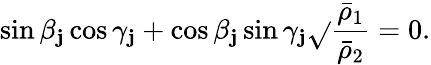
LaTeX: \sin\beta_{\mathbf{j}}\cos\gamma_{\mathbf{j}}+\cos\beta_{\mathbf{j}}\sin\gamma_{\mathbf{j}}\sqrt{}{{\frac{{\bar{{\rho}}_{1}}}{{\bar{{\rho}}_{2}}}}}=0.